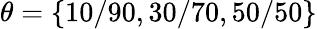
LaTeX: \theta=\{ 10/90,30/70,50/50\}